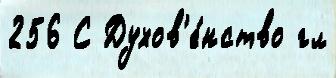
256 С Духов'е́нство гл